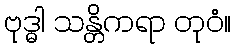
ဗုဒ္ဓါ သန္တိကရာ တုဝံ။